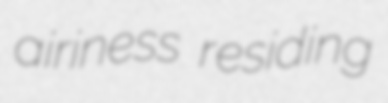
airiness residing